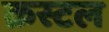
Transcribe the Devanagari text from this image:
क्रस्टल